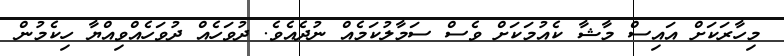
މިހާރަކަށް އައިސް މާޝާ ކެއުމަކަށް ވެސް ސަމާލުކަމެއް ނުދެއެވެ. ދުވަހެއް ދުވަހެއްވިއްޔާ ހިކެމުން